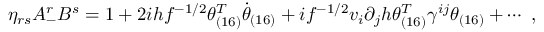
\eta _ { r s } A _ { - } ^ { r } B ^ { s } = 1 + 2 i h f ^ { - 1 / 2 } \theta _ { ( 1 6 ) } ^ { T } \dot { \theta } _ { ( 1 6 ) } + i f ^ { - 1 / 2 } v _ { i } \partial _ { j } h \theta _ { ( 1 6 ) } ^ { T } \gamma ^ { i j } \theta _ { ( 1 6 ) } + \cdots ~ ,